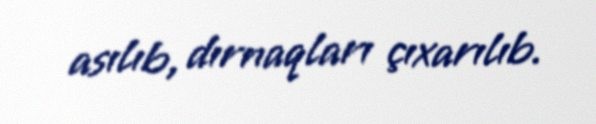
asılıb, dırnaqları çıxarılıb.